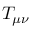
T _ { \mu \nu }